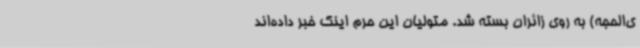
ی‌الحجه) به روی زائران بسته شد. متولیان این حرم اینک خبر داده‌اند